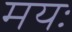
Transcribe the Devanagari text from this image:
मयः